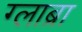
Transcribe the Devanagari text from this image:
ग्लाब्रा